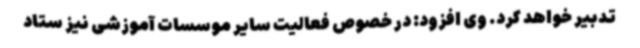
تدبیر خواهد کرد. وی افزود: در خصوص فعالیت سایر موسسات آموزشی نیز ستاد